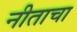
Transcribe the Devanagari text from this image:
नीताचा